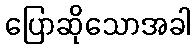
ပြောဆိုသောအခါ